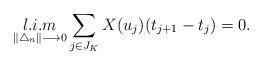
LaTeX: \begin{align*}\mathop{l.i.m}\limits_{\|\bigtriangleup_{n}\| \longrightarrow 0 } \sum_{\substack{j\in J_{K}}} X(u_{j}) (t_{j+1}-t_{j}) =0.\end{align*}